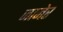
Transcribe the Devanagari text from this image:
जानेर